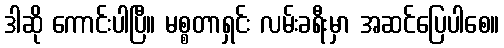
ဒါဆို ကောင်းပါပြီ။ မစ္စတာရှင်း လမ်းခရီးမှာ အဆင်ပြေပါစေ။